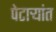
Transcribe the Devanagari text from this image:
पेटाऱ्यांत